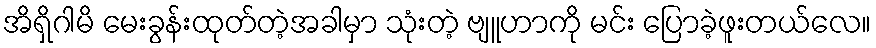
အိရှိဂါမိ မေးခွန်းထုတ်တဲ့အခါမှာ သုံးတဲ့ ဗျူဟာကို မင်း ပြောခဲ့ဖူးတယ်လေ။